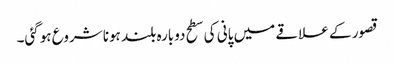
قصور کے علاقے میں پانی کی سطح دوبارہ بلند ہونا شروع ہوگئی۔